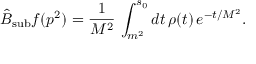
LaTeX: \hat { B } _ { \mathrm { s u b } } f ( p ^ { 2 } ) = \frac { 1 } { M ^ { 2 } } \, \int _ { m ^ { 2 } } ^ { s _ { 0 } } d t \, \rho ( t ) \, e ^ { - t / M ^ { 2 } } .